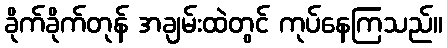
ခိုက်ခိုက်တုန် အချမ်းထဲတွင် ကုပ်နေကြသည်။